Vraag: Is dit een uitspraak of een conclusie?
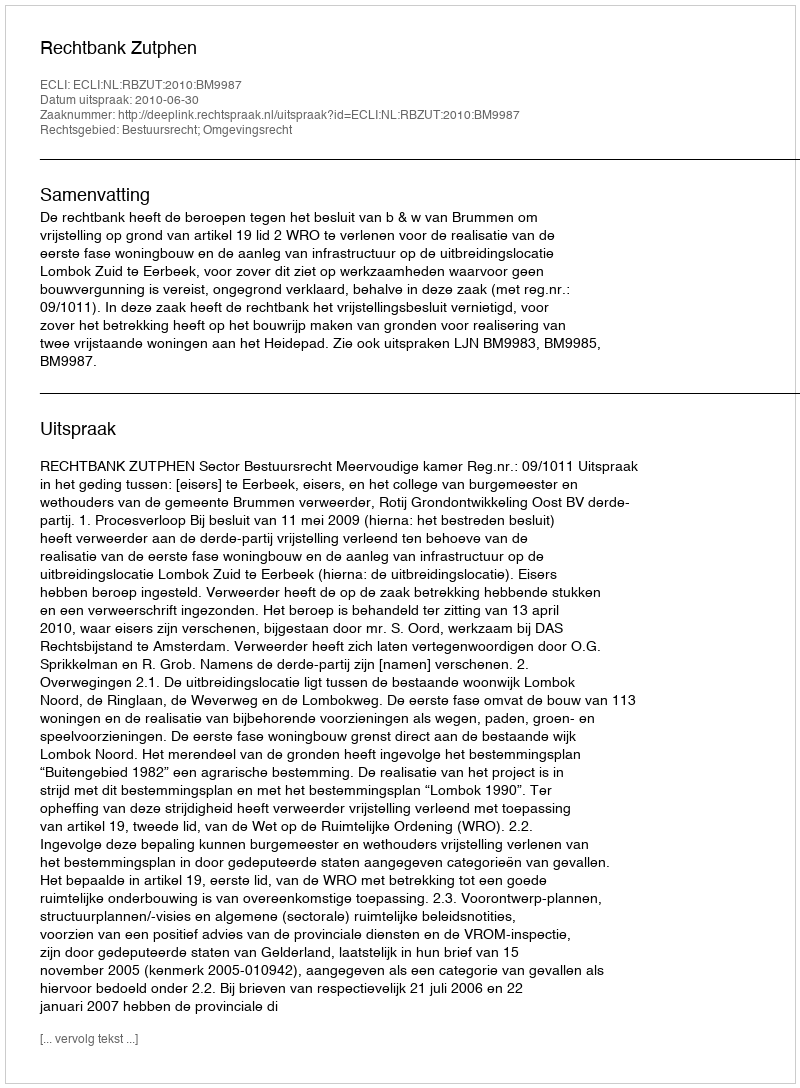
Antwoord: Uitspraak